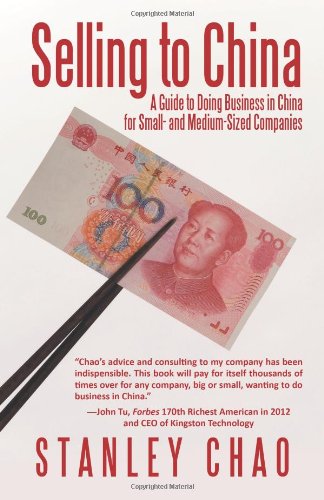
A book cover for Selling to China: A Guide to Doing Business in China for Small- and Medium-Sized Companies; Stanley Chao; Business & Money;